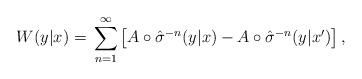
LaTeX: \begin{align*} W(y|x)=\, \sum_{n=1}^\infty \left[ A \circ \hat{\sigma}^{-n}(y|x) - A \circ \hat{\sigma}^{-n}(y|x') \right],\end{align*}